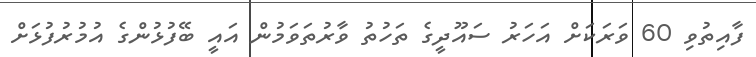
ފާއިތުވި 60 ވަރަކަށް އަހަރު ސައޫދީގެ ތަހުތު ވާރުތަވަމުން އައީ ބޭފުޅުންގެ އުމުރުފުޅަށް